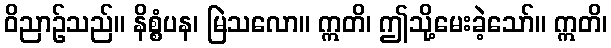
ဝိညာဉ်သည်။ နိစ္စံပန၊ မြဲသလော။ ဣတိ၊ ဤသို့မေးခဲ့သော်။ ဣတိ၊